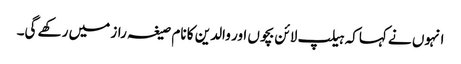
انہوں نے کہاکہ ہیلپ لائن بچوں اور والدین کا نام صیغہ راز میں رکھے گی۔